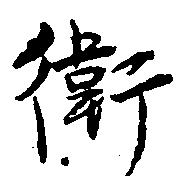
衛